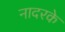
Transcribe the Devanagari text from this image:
नादरके